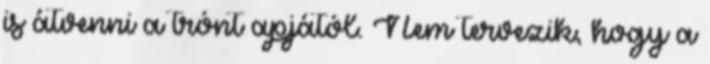
is átvenni a trónt apjától. Nem tervezik, hogy a